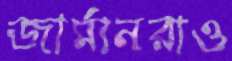
জার্মানরাও